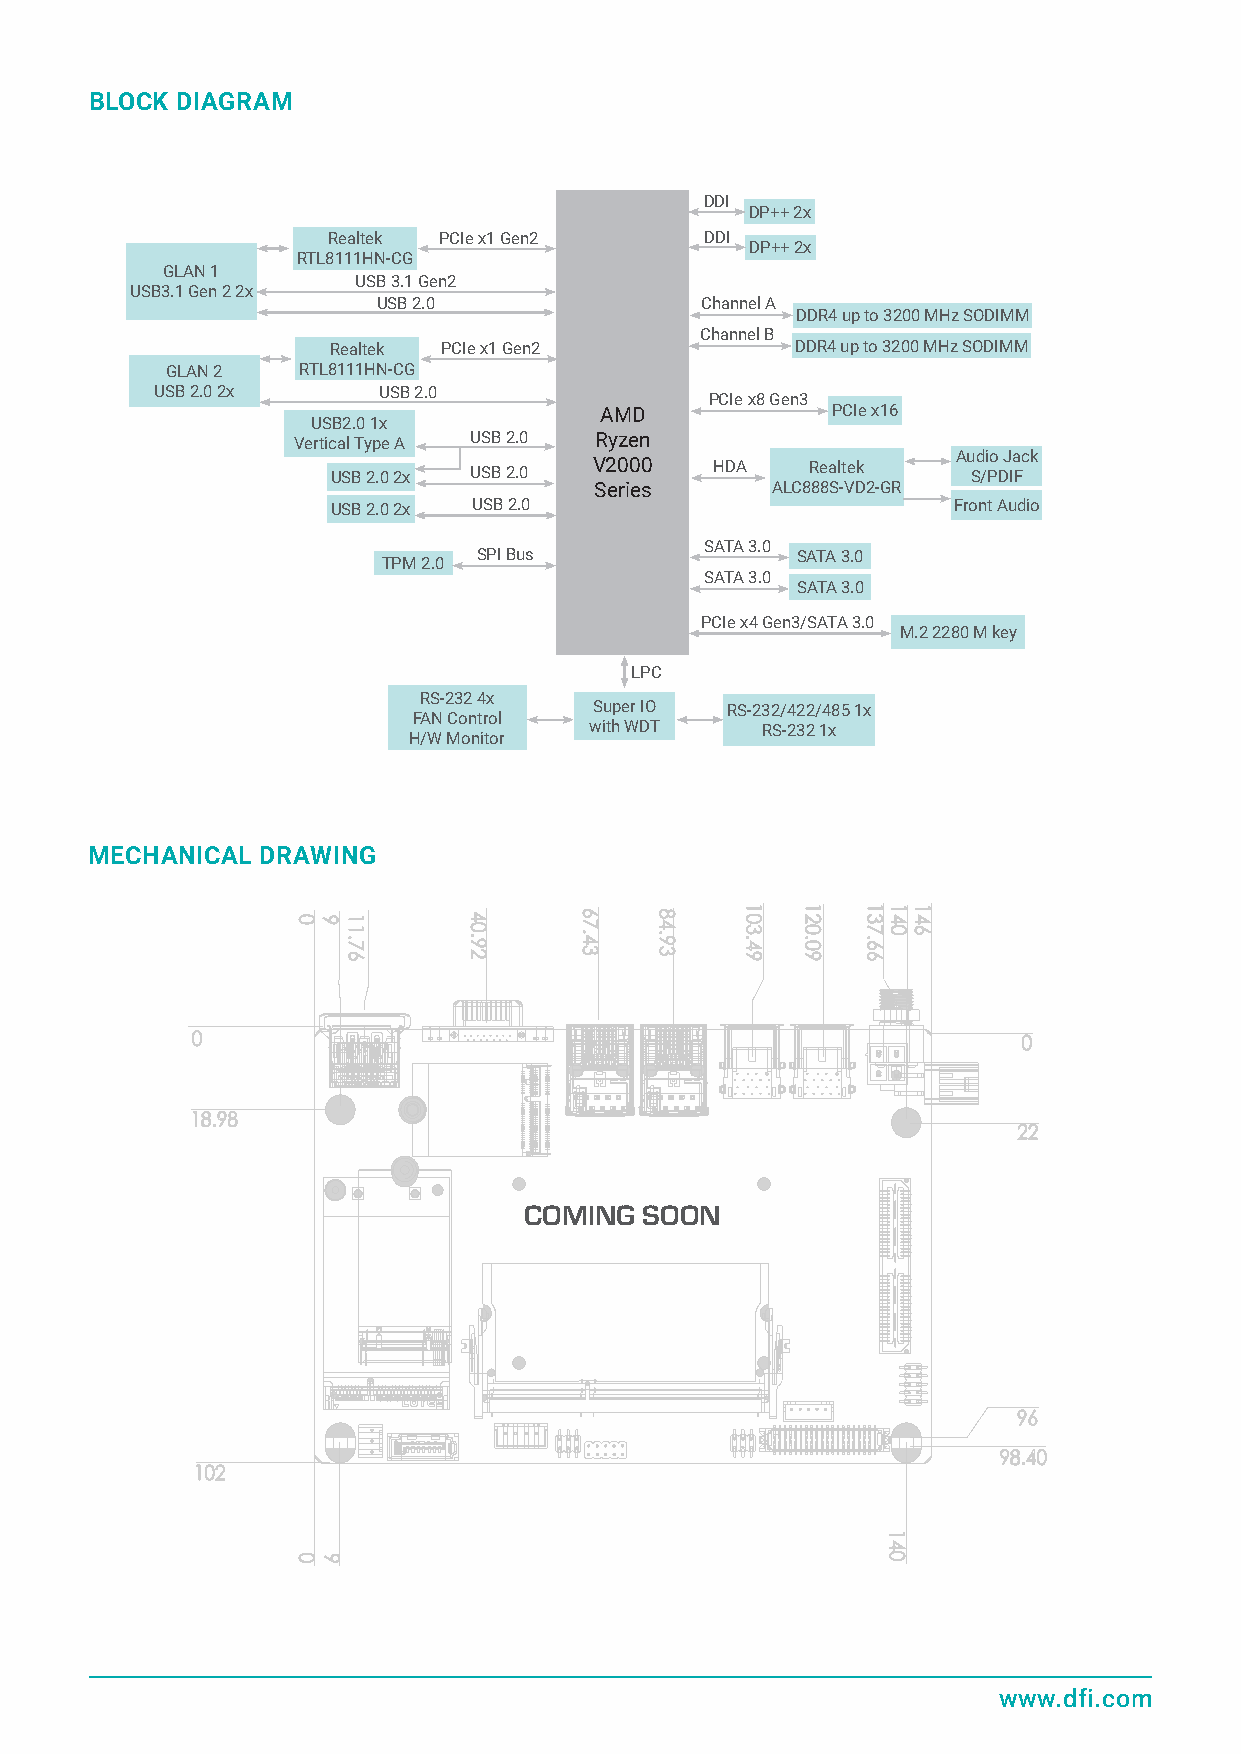
BLOCK DIAGRAM
 DDI
 DP++ 2x
 Realtek PCIe x1 Gen2     DDI
 DP++ 2x
 RTL8111HN-CG
 GLAN 1
 USB 3.1 Gen2
 USB3.1 Gen 2 2x
 USB 2.0              Channel A
 DDR4 up to 3200 MHz SODIMM
 Channel B
 Realtek PCIe x1 Gen2           DDR4 up to 3200 MHz SODIMM
 GLAN 2   RTL8111HN-CG
 USB 2.0 2x     USB 2.0
 PCIe x8 Gen3
 AMD            PCIe x16
 USB2.0 1x
 Vertical Type A USB 2.0 Ryzen
 Audio Jack
 USB 2.0 2x USB 2.0 V2000 HDA    Realtek   S/PDIF
 Series      ALC888S-VD2-GR
 USB 2.0 2x USB 2.0                       Front Audio
 SATA 3.0
 SPI Bus              SATA 3.0
 TPM 2.0
 SATA 3.0
 SATA 3.0
 PCIe x4 Gen3/SATA 3.0
 M.2 2280 M key
 LPC
 RS-232 4x
 Super IO RS-232/422/485 1x
 FAN Control
 with WDT   RS-232 1x
 H/W Monitor
 MECHANICAL DRAWING
 0                                                      0
 18.98
 22
 COMING  SOON
 96
 98.40
 102
 www.dfi.com
 0
 0
 6
 6
 11.76   40.92  67.43 84.93 103.49 120.09 137.66 140
 140
 146